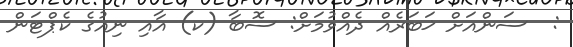
:  ސަންއަށް ޚަބަރެއް ދެއްވުމަށް: ސޮބާ (ކ) އާއި ނިއުގެ ކެޕްޓަން